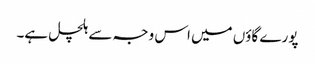
پورے گاؤں میں اس وجہ سے ہلچل ہے۔